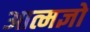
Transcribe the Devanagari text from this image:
आत्मज्ञो